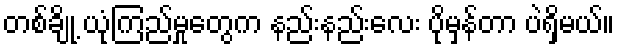
တစ်ချို့ ယုံကြည်မှုတွေက နည်းနည်းလေး ပိုမှန်တာ ပဲရှိမယ်။